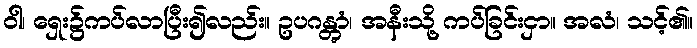
ဝါ၊ ရှေး၌ကပ်လာပြီး၍လည်း။ ဥပဂန္တွာံ၊ အနီးသို့ ကပ်ခြင်းငှာ။ အလံ၊ သင့်၏။